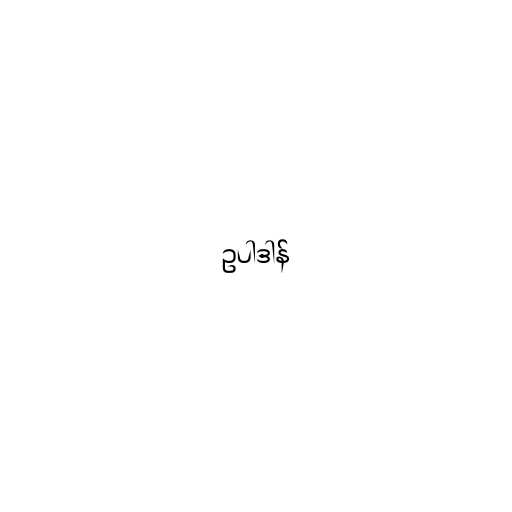
ဥပါဒါန်